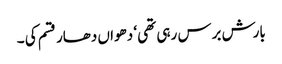
بارش برس رہی تھی ‘ دھواں دھار قسم کی ۔